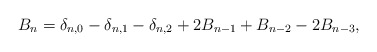
\begin{align*}B_n=\delta_{n,0}-\delta_{n,1}-\delta_{n,2}+2B_{n-1}+B_{n-2}-2B_{n-3},\end{align*}